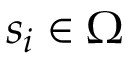
s _ { i } \in \Omega